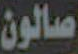
صالون